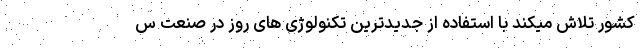
کشور تلاش میکند با استفاده از جدیدترین تکنولوژی های روز در صنعت س